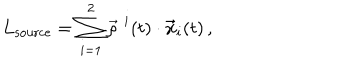
LaTeX: L _ { \mathrm { s o u r c e } } = \sum _ { i = 1 } ^ { 2 } \vec { \rho } ^ { \, \, i } ( t ) \cdot { \bf \vec { x } } _ { i } ( t ) \, ,